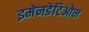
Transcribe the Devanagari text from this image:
इमेनडेटिओन